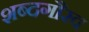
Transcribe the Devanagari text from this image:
शब्दगौरव